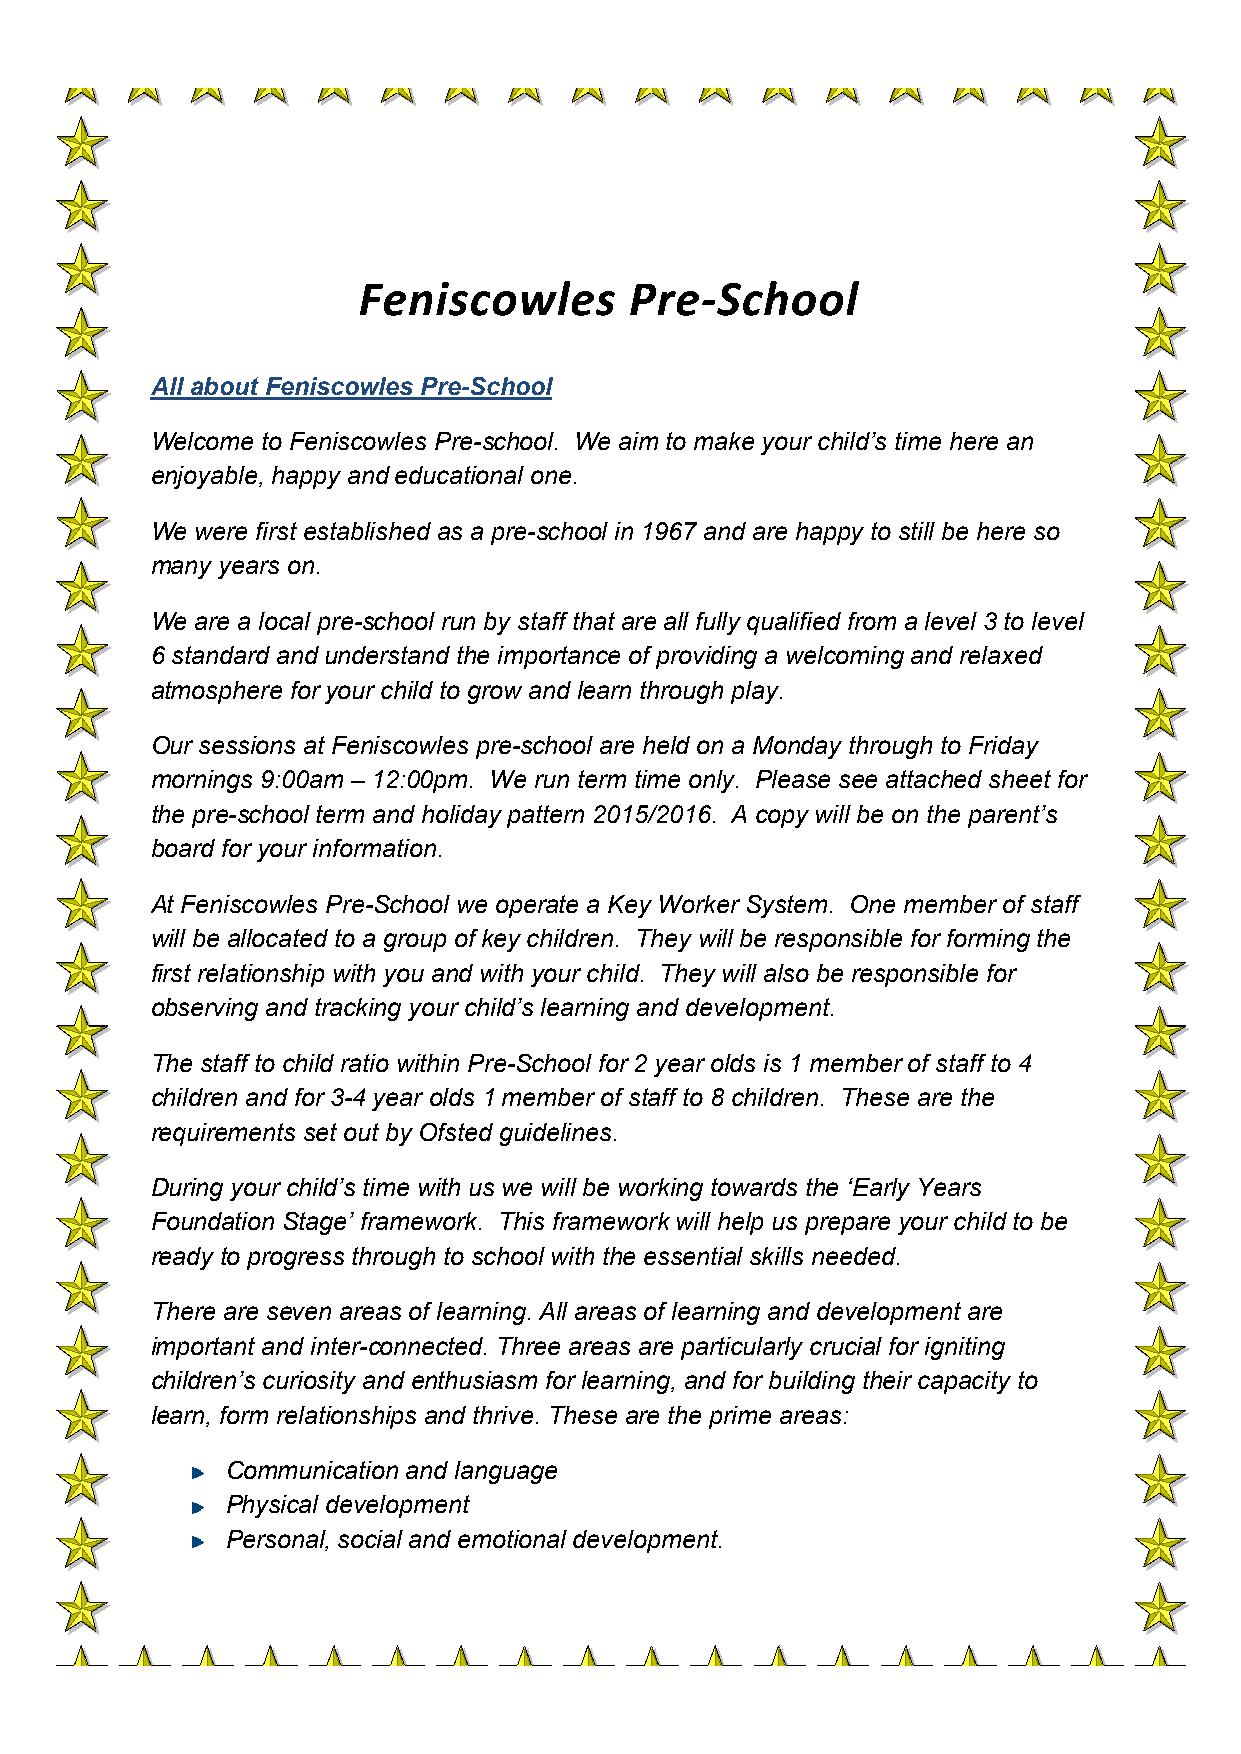
Feniscowles       Pre-­‐School
 All about Feniscowles Pre-School
 Welcome to Feniscowles Pre-school. We aim to make your child’s time here an
 enjoyable, happy and educational one.
 We were first established as a pre-school in 1967 and are happy to still be here so
 many years on.
 We are a local pre-school run by staff that are all fully qualified from a level 3 to level
 6 standard and understand the importance of providing a welcoming and relaxed
 atmosphere for your child to grow and learn through play.
 Our sessions at Feniscowles pre-school are held on a Monday through to Friday
 mornings 9:00am – 12:00pm. We run term time only. Please see attached sheet for
 the pre-school term and holiday pattern 2015/2016. A copy will be on the parent’s
 board for your information.
 At Feniscowles Pre-School we operate a Key Worker System. One member of staff
 will be allocated to a group of key children. They will be responsible for forming the
 first relationship with you and with your child. They will also be responsible for
 observing and tracking your child’s learning and development.
 The staff to child ratio within Pre-School for 2 year olds is 1 member of staff to 4
 children and for 3-4 year olds 1 member of staff to 8 children. These are the
 requirements set out by Ofsted guidelines.
 During your child’s time with us we will be working towards the ‘Early Years
 Foundation Stage’ framework. This framework will help us prepare your child to be
 ready to progress through to school with the essential skills needed.
 There are seven areas of learning. All areas of learning and development are
 important and inter-connected. Three areas are particularly crucial for igniting
 children’s curiosity and enthusiasm for learning, and for building their capacity to
 learn, form relationships and thrive. These are the prime areas:
 Communication and language
 Physical development
 Personal, social and emotional development.